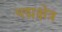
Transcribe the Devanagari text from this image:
पद्मक्षेत्र